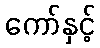
ကော်နှင့်